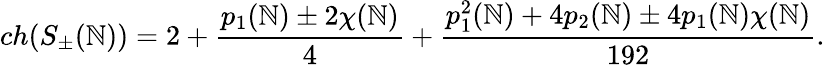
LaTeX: ch(S_{\pm}(\mathbb{N}))=2+{\frac{{p_{1}(\mathbb{N})\pm2\chi(\mathbb{N})}}{{4}}}+{\frac{{p_{1}^{2}(\mathbb{N})+4p_{2}(\mathbb{N})\pm4p_{1}(\mathbb{N})\chi(\mathbb{N})}}{{192}}}.